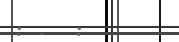
: .  :